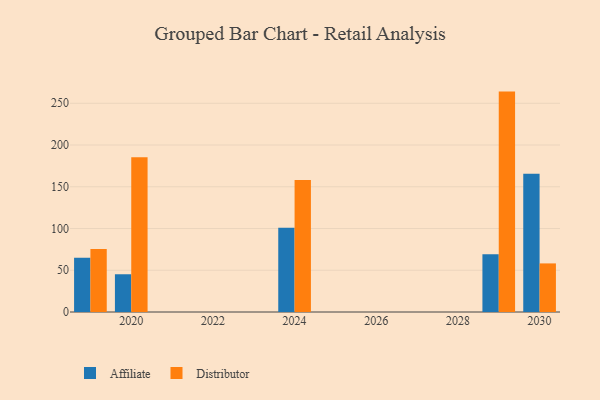
{"axis": {"x": "Year", "y": "Headcount"}, "legend": ["Affiliate", "Distributor"], "data": [{"x": "2024", "y": 100.8, "type": "Affiliate"}, {"x": "2024", "y": 158.1, "type": "Distributor"}, {"x": "2019", "y": 65.0, "type": "Affiliate"}, {"x": "2019", "y": 75.4, "type": "Distributor"}, {"x": "2029", "y": 69.1, "type": "Affiliate"}, {"x": "2029", "y": 264.0, "type": "Distributor"}, {"x": "2020", "y": 45.2, "type": "Affiliate"}, {"x": "2020", "y": 185.4, "type": "Distributor"}, {"x": "2030", "y": 165.6, "type": "Affiliate"}, {"x": "2030", "y": 58.2, "type": "Distributor"}]}